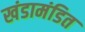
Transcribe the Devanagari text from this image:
खंडामंडित